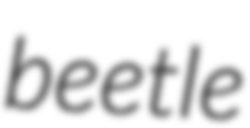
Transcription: beetle